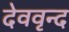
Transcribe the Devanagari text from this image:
देववृन्द